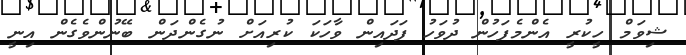
ޝިވަމް ހީކުރީ އެންމެފަހުން ދުވަހު ފަދައިން ވާހަކަ ކުރިއަށް ނުގެންދަން ބޭނުންވެގެން އިނީ